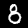
Label: 8